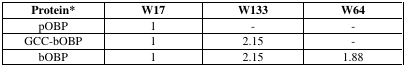
<table><thead><tr><td><b>Protein*</b></td><td><b>W17</b></td><td><b>W133</b></td><td><b>W64</b></td></tr></thead><tbody><tr><td>pOBP</td><td>1</td><td>-</td><td>-</td></tr><tr><td>GCC-bOBP</td><td>1</td><td>2.15</td><td>-</td></tr><tr><td>bOBP</td><td>1</td><td>2.15</td><td>1.88</td></tr></tbody></table>